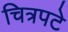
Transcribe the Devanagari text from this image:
चित्रपटे